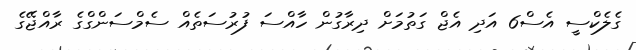
ގެލެކްސީ އެސް6 އަދި އެޖް ގަތުމަށް ދިރާގުން ހާއްސަ ފުރުސަތެއް ސެމްސަންގްގެ ރާއްޖޭގެ